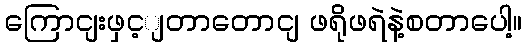
ကြောငျးဖှင့ျတာတောငျ ဖရိုဖရဲနဲ့စတာပေါ့။